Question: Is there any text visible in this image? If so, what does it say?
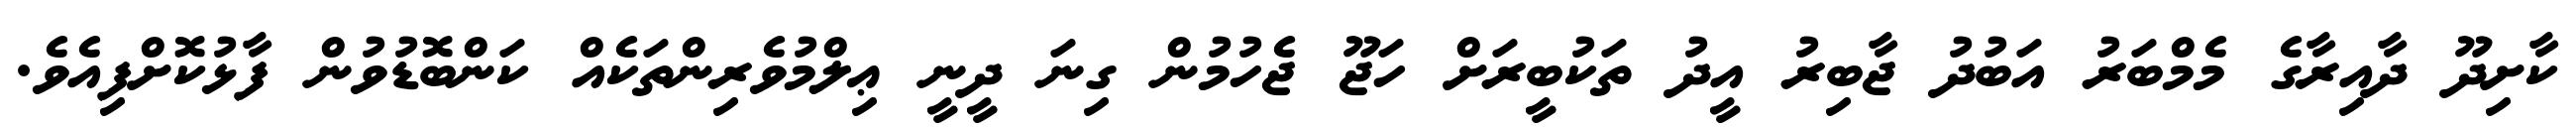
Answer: ކާށިދޫ ދާއިރާގެ މެމްބަރު އަބުދު ޖާބިރު އީދު ތަކުބީރަށް ހަޖޫ ޖެހުމުން ގިނަ ދީނީ ޢިލްމުވެރިންތަކެއް ކަންބޮޑުވުން ފާޅުކޮށްފިއެވެ.